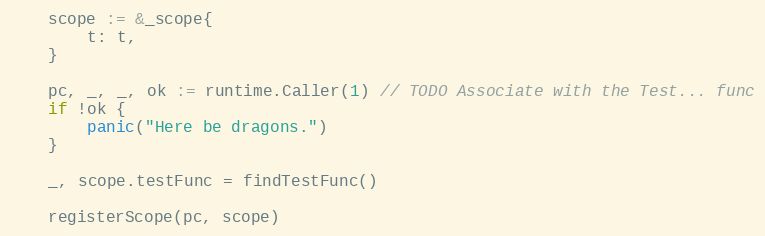
Language: Go
	scope := &_scope{
		t: t,
	}

	pc, _, _, ok := runtime.Caller(1) // TODO Associate with the Test... func
	if !ok {
		panic("Here be dragons.")
	}

	_, scope.testFunc = findTestFunc()

	registerScope(pc, scope)